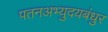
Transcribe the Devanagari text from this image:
पतनअभ्युदयबंधुर